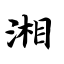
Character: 湘